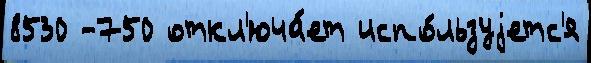
8530 -750 откл'юча́ет испо́льзуjетс'я